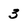
Character: 3